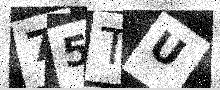
Text: 75TU